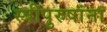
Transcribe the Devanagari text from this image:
स्त्रीपुरुषांना